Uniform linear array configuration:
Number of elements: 4
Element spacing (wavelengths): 0.75
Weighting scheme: kaiser
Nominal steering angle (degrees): -15
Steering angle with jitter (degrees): -15.509
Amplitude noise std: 0.05
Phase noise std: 0.05

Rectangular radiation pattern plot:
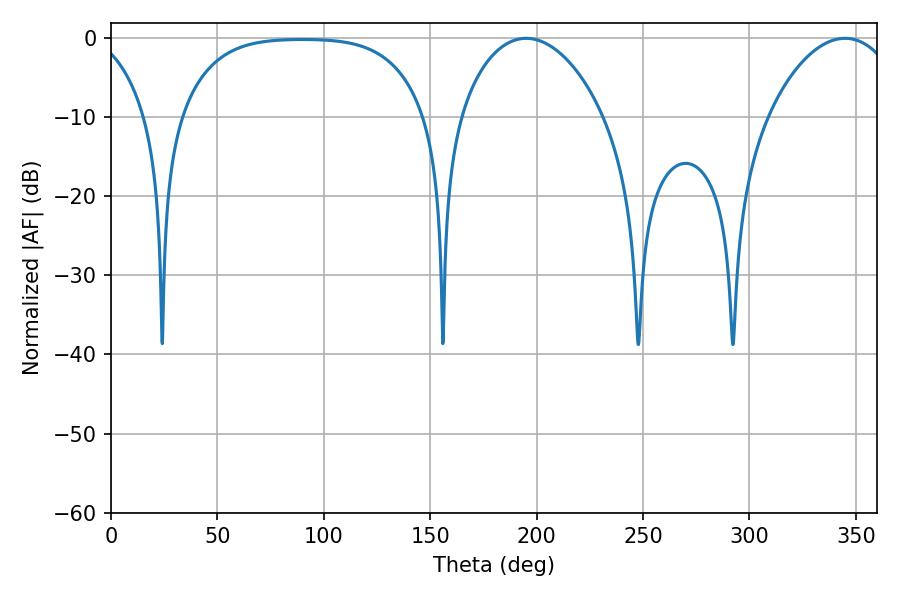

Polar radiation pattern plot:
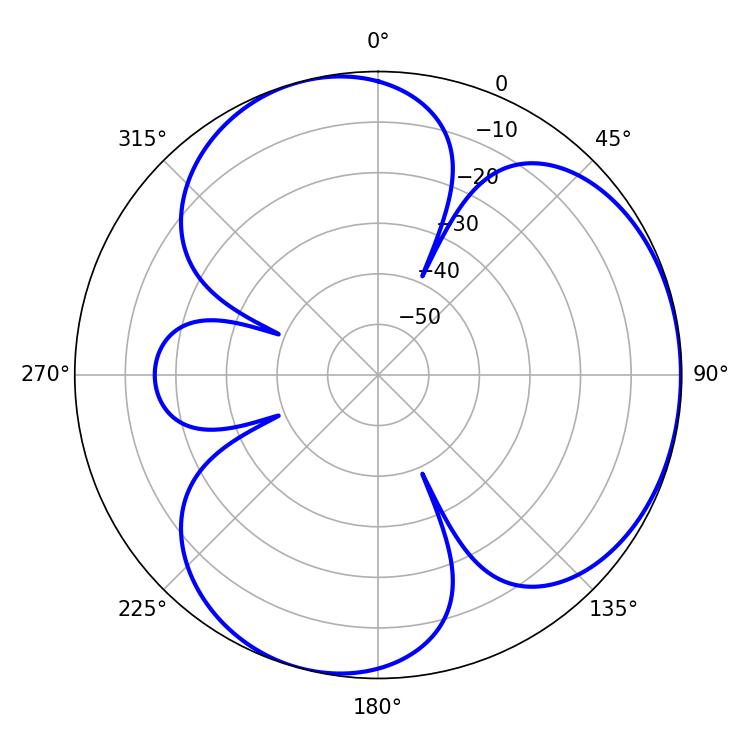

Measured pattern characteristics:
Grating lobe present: TRUE
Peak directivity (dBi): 3.876
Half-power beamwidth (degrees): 38.34
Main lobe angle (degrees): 195.12